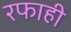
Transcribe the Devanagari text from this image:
रफाही